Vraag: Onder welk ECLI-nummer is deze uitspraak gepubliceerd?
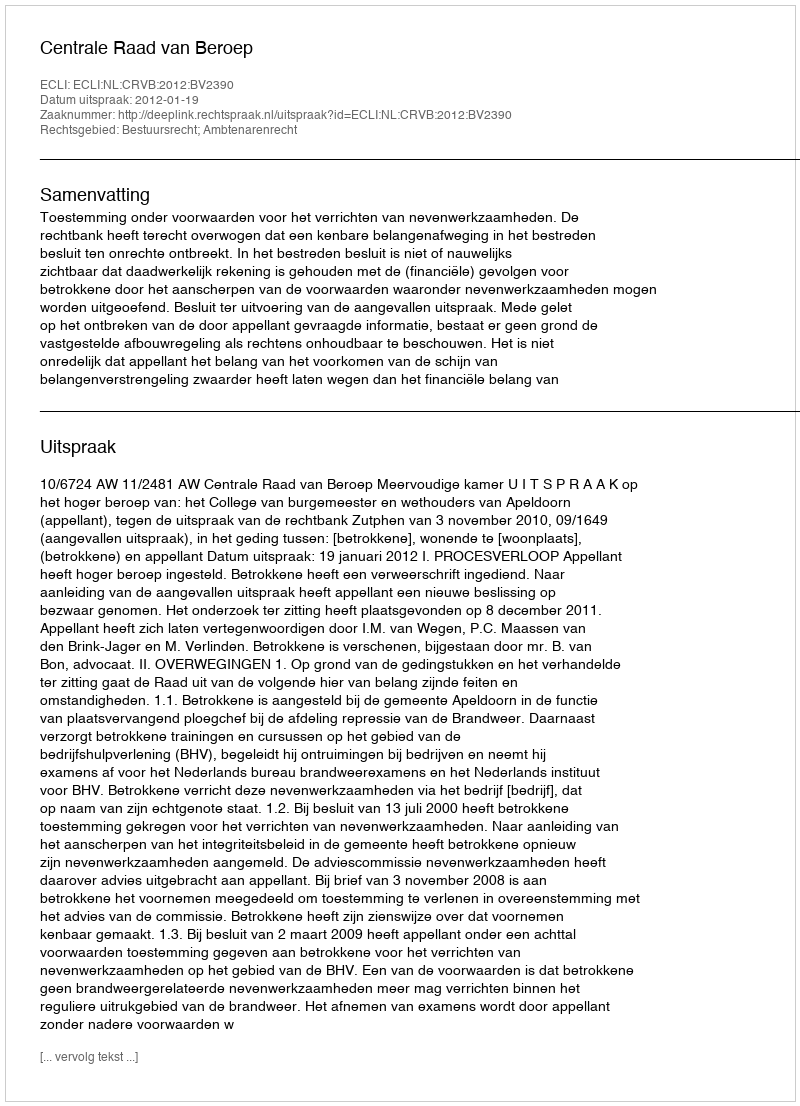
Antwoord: ECLI:NL:CRVB:2012:BV2390